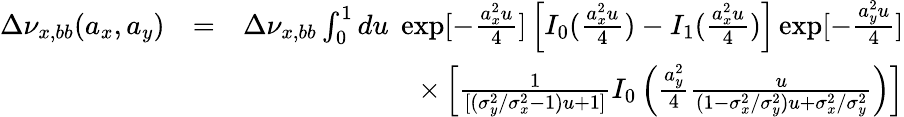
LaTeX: \begin{array}{rlr}{\Delta\nu_{x,bb}(a_{x},a_{y})}&{=}&{\Delta\nu_{x,bb}\int_{0}^{1}du\; \exp[-\frac{a_{x}^{2}u}{4}]\left[I_{0}(\frac{a_{x}^{2}u}{4})-I_{1}(\frac{a_{x}^{2}u}{4})\right]\exp[-\frac{a_{y}^{2}u}{4}]}\\ &{}&{\times\left[\frac{1}{[(\sigma_{y}^{2}/\sigma_{x}^{2}-1)u+1]}I_{0}\left(\frac{a_{y}^{2}}{4}\frac{u}{(1-\sigma_{x}^{2}/\sigma_{y}^{2})u+\sigma_{x}^{2}/\sigma_{y}^{2}}\right)\right]}\end{array}